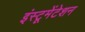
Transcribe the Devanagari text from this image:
इंस्‍टूमेंटेशन